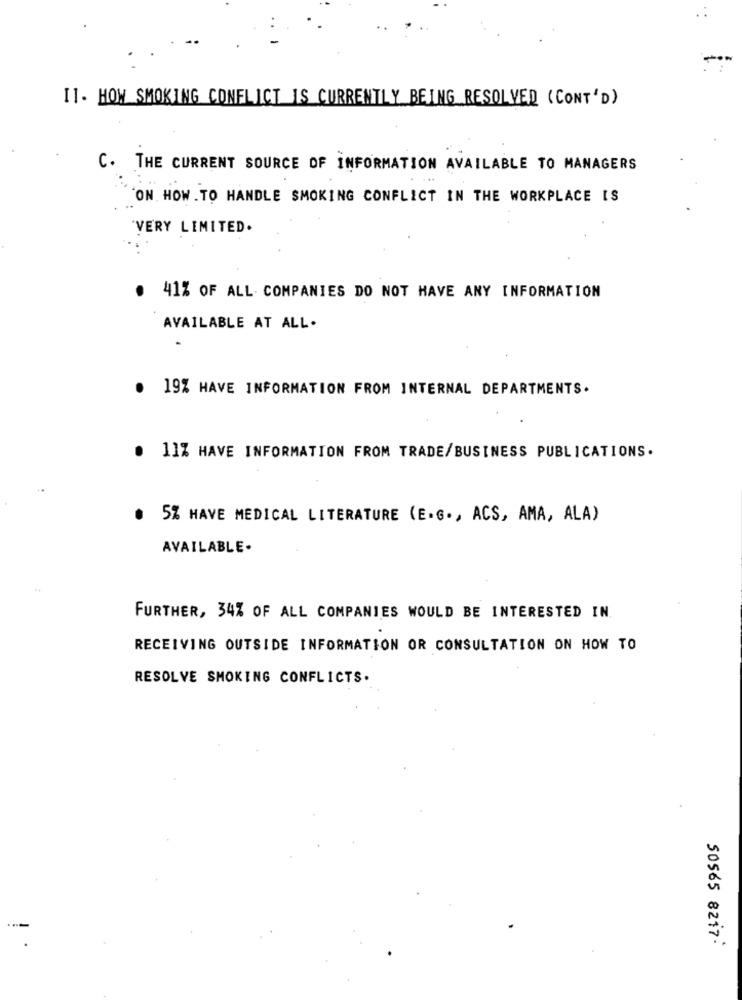
11. HOW SMOKING CONFLICT IS CURRENTLY BEING RESOLVED (CONT'D)
C. THE CURRENT SOURCE OF INFORMATION AVAILABLE TO MANAGERS
ON HOW . TO HANDLE SMOKING CONFLICT IN THE WORKPLACE IS
"VERY LIMITED.
. 41% OF ALL. COMPANIES DO NOT HAVE ANY INFORMATION
AVAILABLE AT ALL.
19% HAVE INFORMATION FROM INTERNAL DEPARTMENTS.
. 11% HAVE INFORMATION FROM TRADE/BUSINESS PUBLICATIONS.
. 5% HAVE MEDICAL LITERATURE (E.G ., ACS, AMA, ALA)
AVAILABLE.
FURTHER, 34% OF ALL COMPANIES WOULD BE INTERESTED IN.
RECEIVING OUTSIDE INFORMATION OR CONSULTATION ON HOW TO
RESOLVE SMOKING CONFLICTS.
50565 8217.